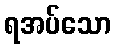
ရအပ်သော